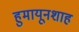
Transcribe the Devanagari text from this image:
हुमायूनशाह